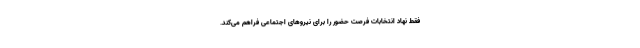
فقط نهاد انتخابات فرصت حضور را برای نیروهای اجتماعی فراهم می‌کند.